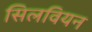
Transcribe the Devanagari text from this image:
सिलवियन